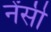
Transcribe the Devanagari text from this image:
नेंसी